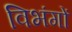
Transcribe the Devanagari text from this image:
विभंगों